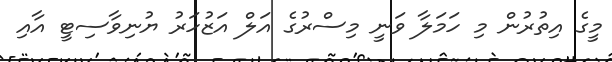
މީގެ އިތުރުން މި ހަމަލާ ވަނީ މިސްރުގެ އަލް އަޒުހަރު ޔުނިވާސިޓީ އާއި